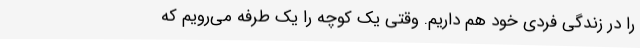
را در زندگی فردی خود هم داریم. وقتی یک کوچه را یک طرفه می‌رویم که